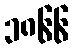
၁၈၆၆